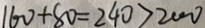
1 6 0 + 8 0 = 2 4 0 > 2 0 0